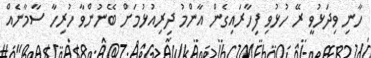
ހާނި ވިދަޅުވީ ރޭ ހުޅުވި ފިހާރައިގެން އާންމު ދިރިއުޅުމަށް ބޭނުންވާ ހުރިހާ ސާމާނެއް